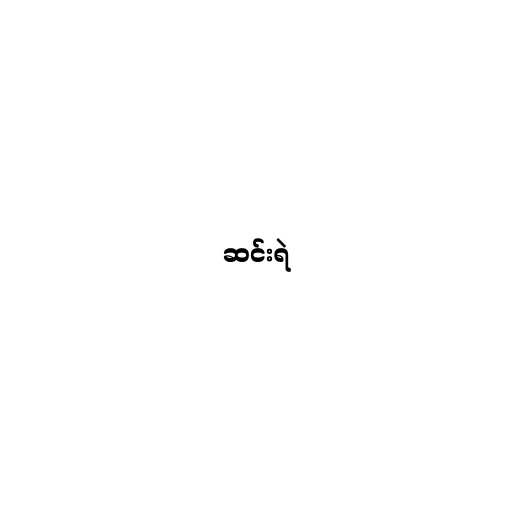
ဆင်းရဲ